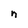
Character: n